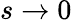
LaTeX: s\to 0